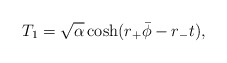
\begin{align*}T_1 = \sqrt{\alpha} \cosh( r_+ \bar \phi - r_- t),\end{align*}